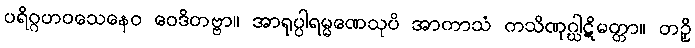
ပရိဂ္ဂဟဝသေနေဝ ဝေဒိတဗ္ဗာ။ အာရုပ္ပါရမ္မဏေသုပိ အာကာသံ ကသိဏုဂ္ဃါဋိမတ္တာ။ တဉှိ